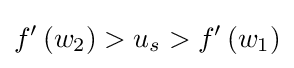
f'\left(w_{2}\right)>u_{s}>f'\left(w_{1}\right)